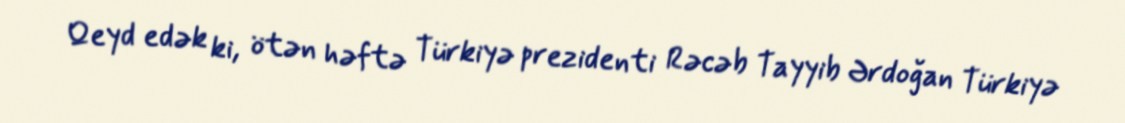
Qeyd edək ki, ötən həftə Türkiyə prezidenti Rəcəb Tayyib Ərdoğan Türkiyə